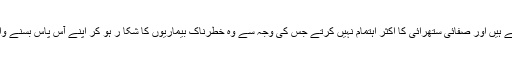
گداگر چونکہ اپنی ظاہری حالت خراب رکھتے ہیں اور صفائی ستھرائی کا اکثر اہتمام نہیں کرتے جس کی وجہ سے وہ خطرناک بیماریوں کا شکا ر ہو کر اپنے آس پاس بسنے والے دوسرے لوگوں کو بھی متاثر کرتے ہیں۔